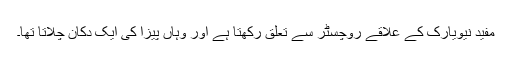
مفید نیویارک کے علاقے روچسٹر سے تعلق رکھتا ہے اور وہاں پیزا کی ایک دکان چلاتا تھا۔